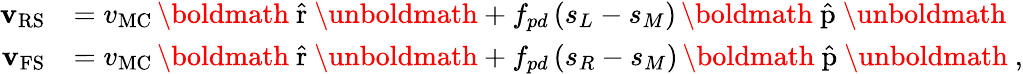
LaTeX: \begin{array}{rl}{\mathbf{v}_{\mathrm{RS}}}&{=v_{\mathrm{MC}}\, {\mathrm{\boldmath~\hat{r}~\unboldmath}}+f_{pd}\, (s_{L}-s_{M})\, {\mathrm{\boldmath~\hat{p}~\unboldmath}}}\\ {\mathbf{v}_{\mathrm{FS}}}&{=v_{\mathrm{MC}}\, {\mathrm{\boldmath~\hat{r}~\unboldmath}}+f_{pd}\, (s_{R}-s_{M})\, {\mathrm{\boldmath~\hat{p}~\unboldmath}}\ ,}\end{array}